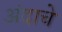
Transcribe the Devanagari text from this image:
अंदाचे